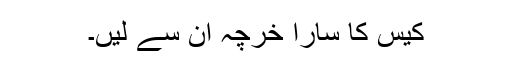
کیس کا سارا خرچہ ان سے لیں۔